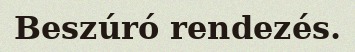
Beszúró rendezés.